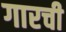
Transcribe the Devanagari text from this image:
गारची